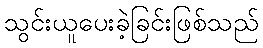
သွင်းယူပေးခဲ့ခြင်းဖြစ်သည်